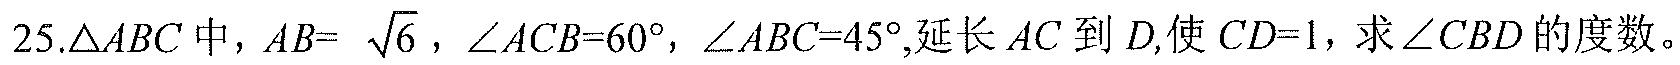
$25.\triangle ABC\text{ 中，}AB = \sqrt{6}，\angle ACB = 60^{\circ}，\angle ABC = 45^{\circ},\text{延长 }AC\text{ 到 }D,\text{使 }CD = 1，\text{求 }\angle CBD\text{ 的度数。}$